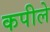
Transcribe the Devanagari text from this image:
कपीले